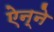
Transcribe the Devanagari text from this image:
ऐन्ने